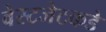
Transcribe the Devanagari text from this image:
वेस्टजेटकडे